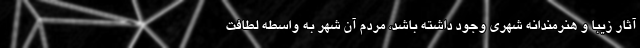
آثار زیبا و هنرمندانه شهری وجود داشته باشد، مردم آن شهر به واسطه لطافت